Lunatic asylums Central Provinces reports 1895-1909 - 1895-1909
Year: 1895
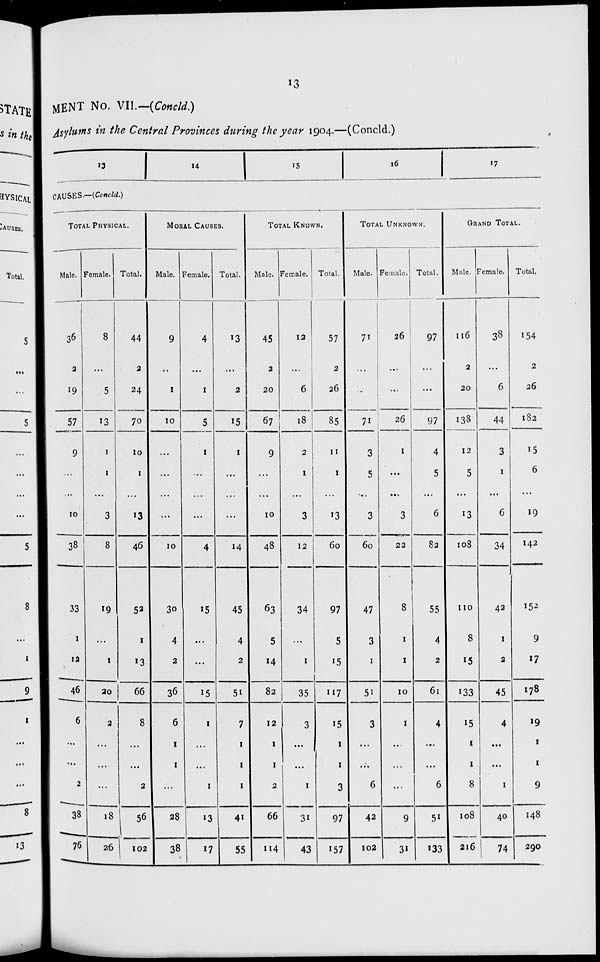
13
MENT No. VII.— (Concld.)
Asylums in the Central Provinces during the year 1904.—(Concld.)
13 14
15
16
17
CAUSES.—(Concld.)
TOTAL PHYSICAL.
Male.
36
2
19
57
9
...
...
10
38
33
1
12
46
6
...
...
2
38
76
Female.
8
...
5
13
1
1
...
3
8
19
...
1
20
2
...
...
...
18
26
Total.
44
2
24
70
10
1
...
13
46
52
1
13
66
8
...
...
2
56
102
MORAL CAUSES.
Male.
9
...
1
10
...
...
...
...
10
30
4
2
36
6
1
1
...
28
38
Female.
4
...
1
5
1
...
...
...
4
15
...
...
15
1
...
...
1
13
17
Total.
13
...
2
15
1
...
...
...
14
45
4
2
51
7
1
1
1
41
55
TOTAL KNOWN.
Male.
45
2
20
67
9
...
...
10
48
63
5
14
82
12
1
1
2
66
114
Female.
12
...
6
18
2
1
...
3
12
34
...
1
35
3
...
...
1
31
43
Total.
57
2
26
85
11
1
...
13
60
97
5
15
117
15
1
1
3
97
157
TOTAL UNKNOWN.
Male.
71
...
...
71
3
5
...
3
60
47
3
1
51
3
...
...
6
42
102
Female.
26
...
...
26
1
...
...
3
22
8
1
1
10
1
...
...
...
9
31
Total.
97
...
...
97
4
5
...
6
82
55
4
2
61
4
...
...
6
51
133
GRAND TOTAL.
Male.
116
2
20
138
12
5
...
13
108
110
8
15
133
15
1
1
8
108
216
Female.
38
...
6
44
3
1
...
6
34
42
1
2
45
4
...
...
1
40
74
Total.
154
2
26
182
15
6
...
19
142
152
9
17
178
19
1
1
9
148
290